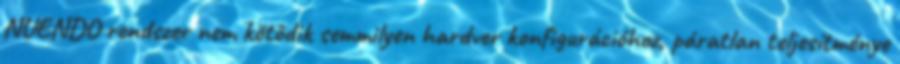
NUENDO rendszer nem kötôdik semmilyen hardver konfigurációhoz, páratlan teljesítménye